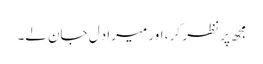
مجھ پر نظر کر ، اور میرا دِل جان لے۔